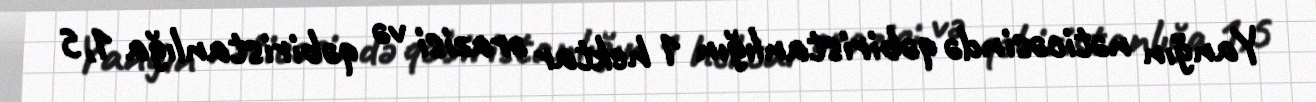
Yanğın nəticəsində qəbiristanlığın 1 hektar ərazisi və qəbiristanlığa 1,5